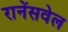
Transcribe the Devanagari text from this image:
रानेंसवेल